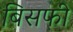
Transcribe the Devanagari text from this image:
बिसफी